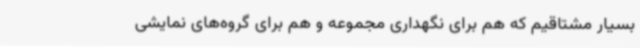
بسیار مشتاقیم که هم برای نگهداری مجموعه و هم برای گروه‌های نمایشی